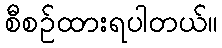
စီစဉ်ထားရပါတယ်။